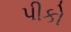
પીકો